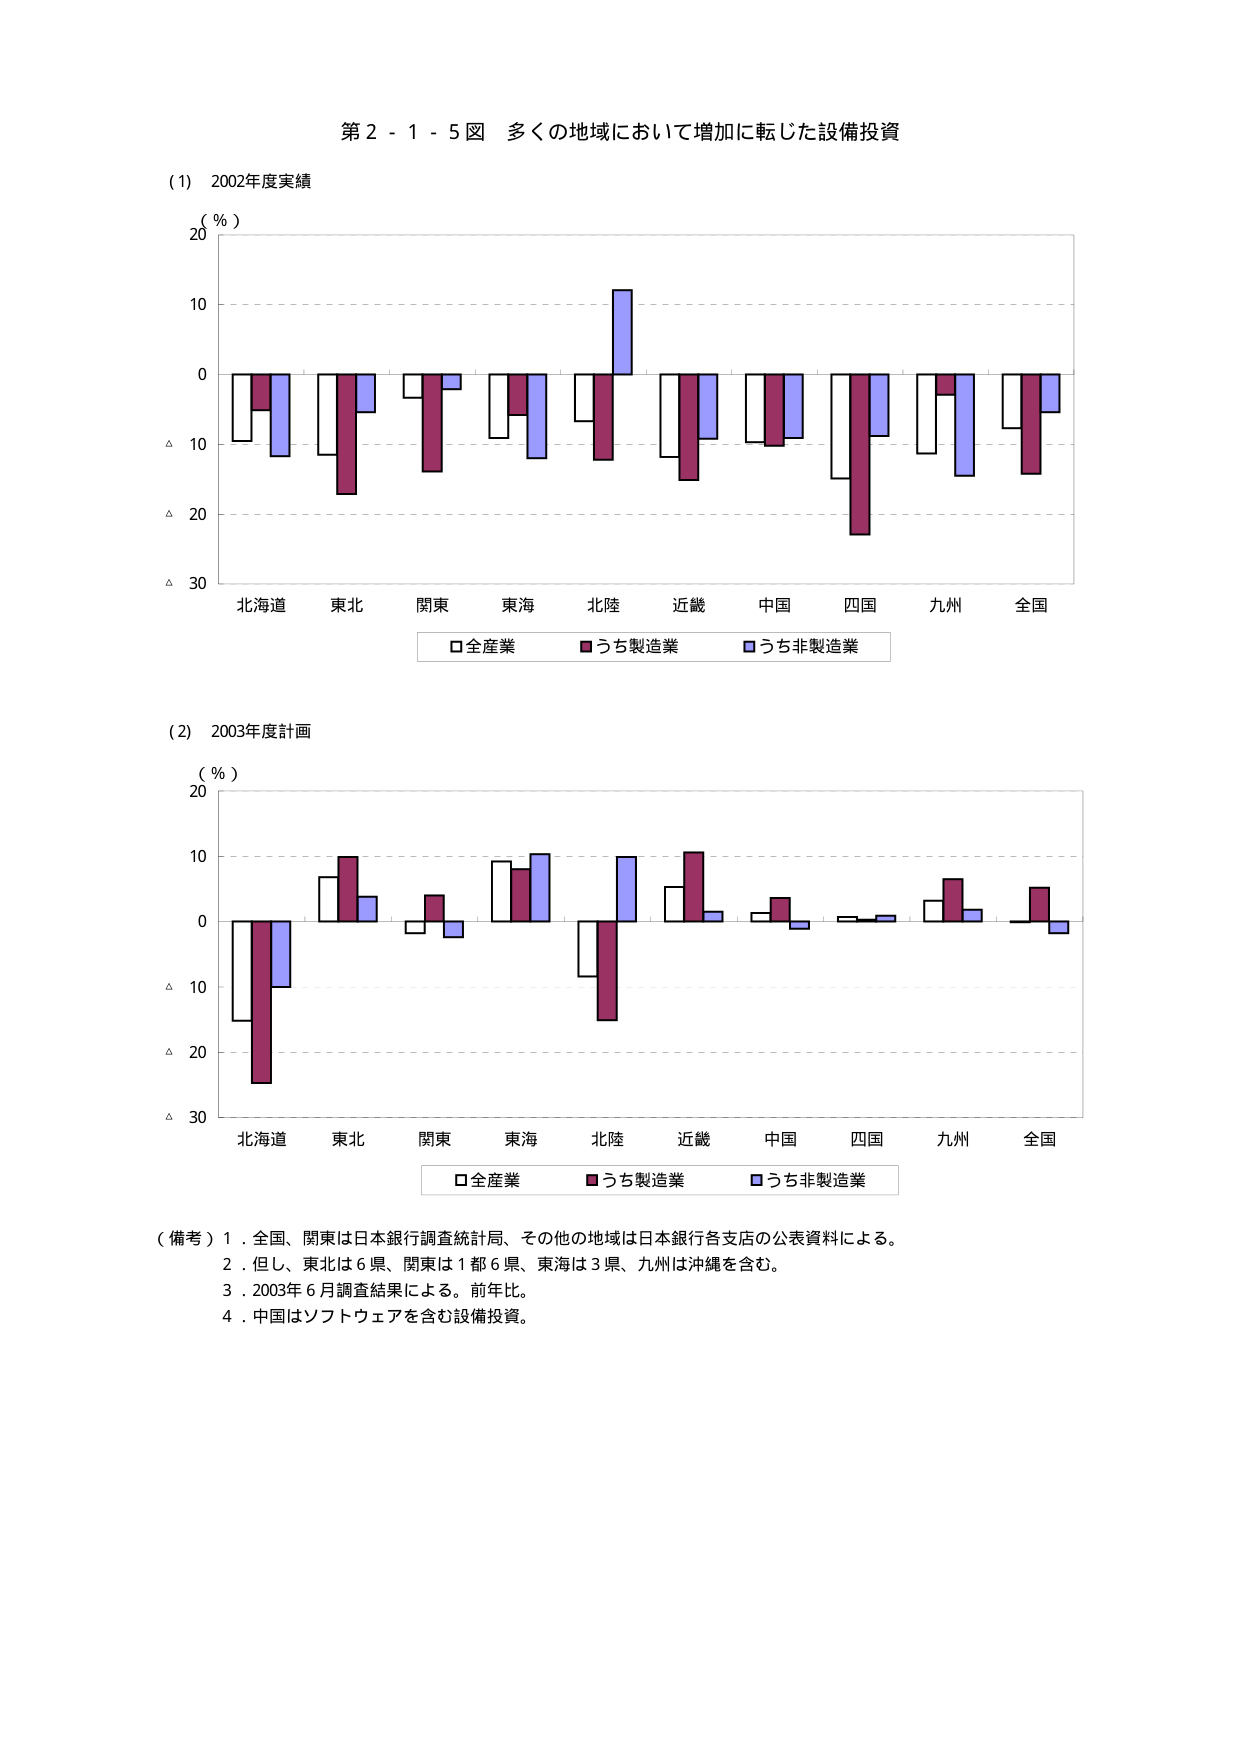
第２－１－５図 多くの地域において増加に転じた設備投資

(1) 2002年度実績
（％）
20
10
0
△10
△20
△30
北海道 東北 関東 東海 北陸 近畿 中国 四国 九州 全国
□全産業 ■うち製造業 □うち非製造業

(2) 2003年度計画
（％）
20
10
0
△10
△20
△30
北海道 東北 関東 東海 北陸 近畿 中国 四国 九州 全国
□全産業 ■うち製造業 □うち非製造業

（備考）1．全国、関東は日本銀行調査統計局、その他の地域は日本銀行各支店の公表資料による。
2．但し、東北は6県、関東は1都6県、東海は3県、九州は沖縄を含む。
3．2003年6月調査結果による。前年比。
4．中国はソフトウェアを含む設備投資。